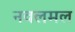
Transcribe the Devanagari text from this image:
नवलमल